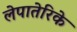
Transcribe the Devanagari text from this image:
लेपातेरिके